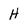
Character: H